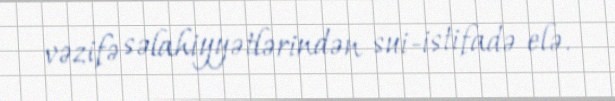
vəzifə səlahiyyətlərindən sui-istifadə elə.